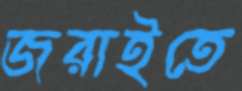
জরাইতে